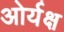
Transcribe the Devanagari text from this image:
ओर्यक्ष